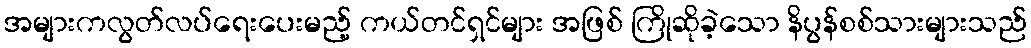
အများကလွတ်လပ်ရေးပေးမည့် ကယ်တင်ရှင်များ အဖြစ် ကြိုဆိုခဲ့သော နိပွန်စစ်သားများသည်